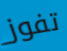
تفوز